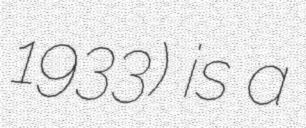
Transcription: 1933) is a